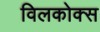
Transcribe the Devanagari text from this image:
विलकोक्स